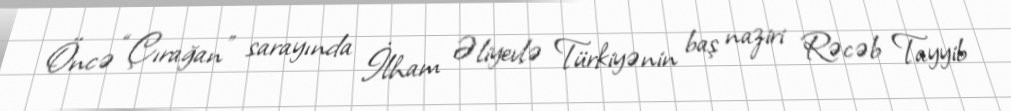
Öncə “Çırağan” sarayında İlham Əliyevlə Türkiyənin baş naziri Rəcəb Tayyib